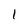
Character: l